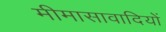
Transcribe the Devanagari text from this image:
मीमासावादियों